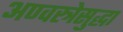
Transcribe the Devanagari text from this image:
अण्वस्त्रेसुद्धा